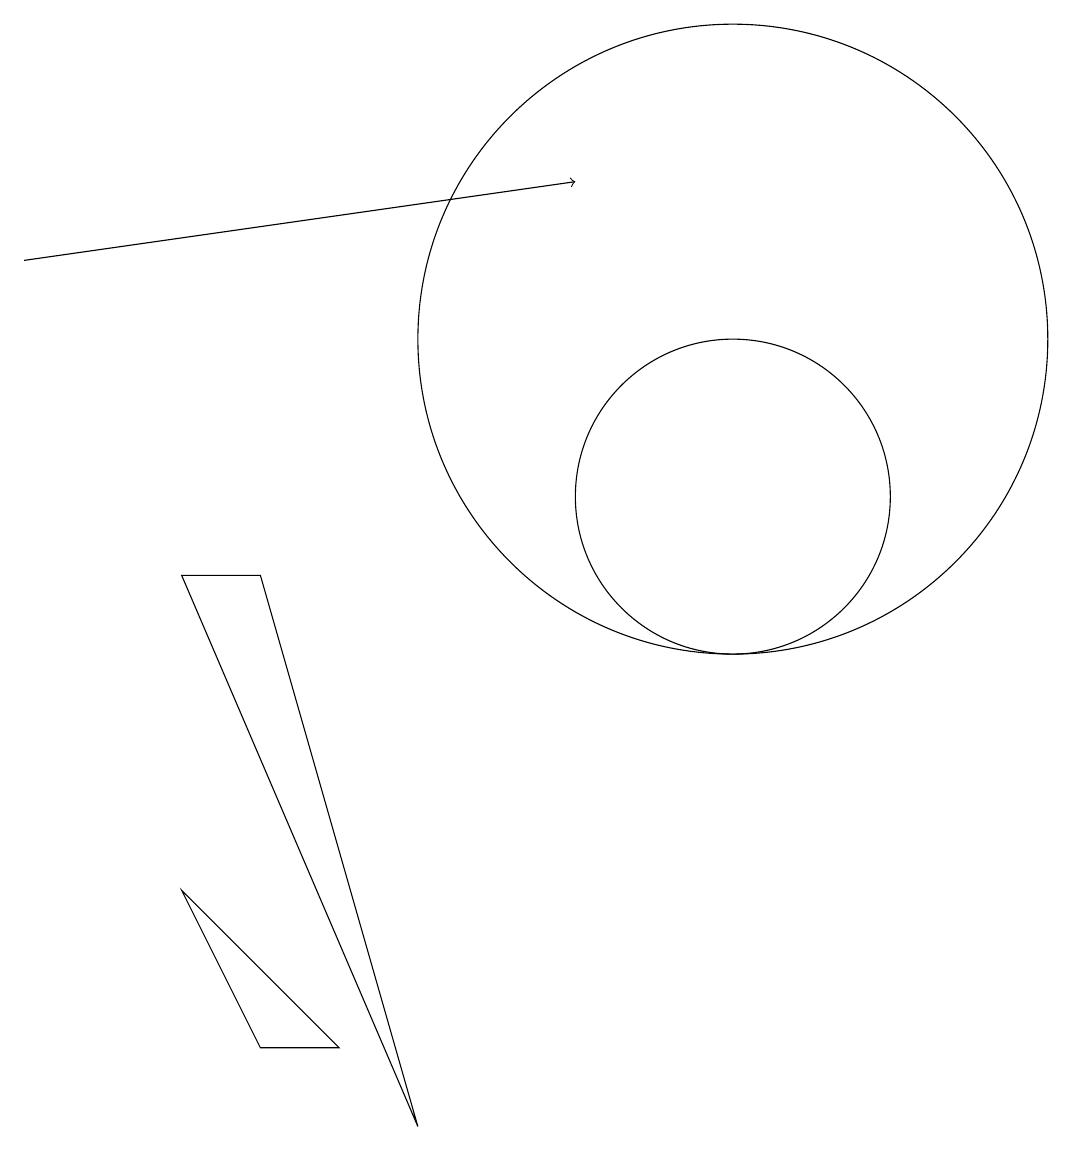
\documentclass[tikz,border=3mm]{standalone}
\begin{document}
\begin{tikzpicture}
\draw (11,10) circle (2);
\draw (5,3) -- (6,3) -- (4,5) -- cycle;
\draw (11,12) circle (4);
\draw[->] (2,13) -- (9,14);
\draw (7,2) -- (5,9) -- (4,9) -- cycle;
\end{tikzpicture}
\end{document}